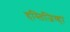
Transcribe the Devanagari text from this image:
हस्तिजिव्हा